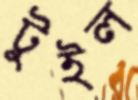
টুইল